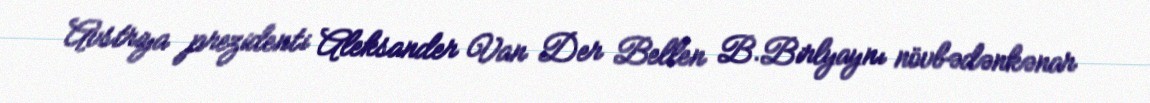
Avstriya prezidenti Aleksander Van Der Bellen B.Birlyaynı növbədənkənar